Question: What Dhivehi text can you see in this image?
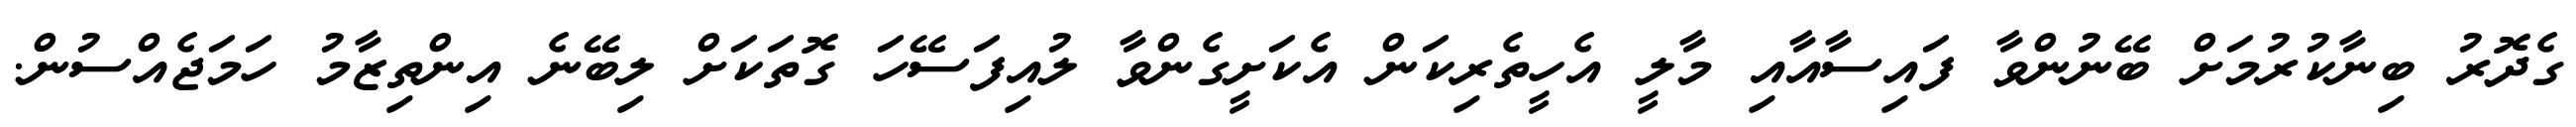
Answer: ގެދޮރު ބިނާކުރުމަށް ބޭނުންވާ ފައިސާއާއި މާލީ އެހީތެރިކަން އެކަށީގެންވާ ލުއިފަސޭހަ ގޮތަކަށް ލިބޭނެ އިންތިޒާމު ހަމަޖެއްސުން.